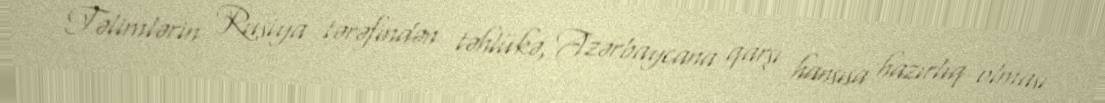
Təlimlərin Rusiya tərəfindən təhlükə, Azərbaycana qarşı hansısa hazırlıq olması